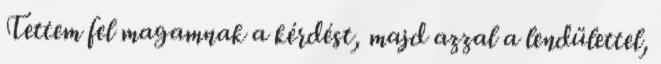
Tettem fel magamnak a kérdést, majd azzal a lendülettel,